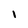
Character: 1